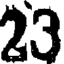
23